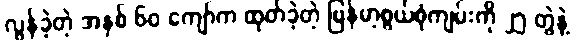
လွန်ခဲ့တဲ့ အနှစ် ၆၀ ကျော်က ထုတ်ခဲ့တဲ့ မြန်မာ့စွယ်စုံကျမ်းကို ၂၅ တွဲနဲ့